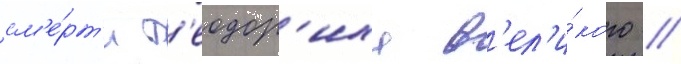
см'е́рт'и т'еодор'иха в'ел'и́кого //